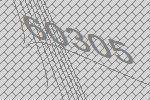
60305